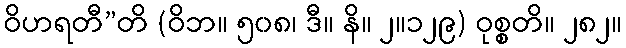
ဝိဟရတီ”တိ (ဝိဘ။ ၅၀၈၊ ဒီ။ နိ။ ၂။၁၂၉) ဝုစ္စတိ။ ၂၈၂။